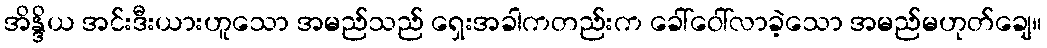
အိန္ဒိယ အင်းဒီးယားဟူသော အမည်သည် ရှေးအခါကတည်းက ခေါ်ဝေါ်လာခဲ့သော အမည်မဟုတ်ချေ။